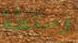
وسلطة